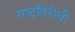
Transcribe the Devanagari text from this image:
राष्‍ट्रविरोधी